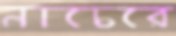
নাচেরে